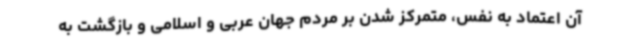
آن اعتماد به نفس، متمرکز شدن بر مردم جهان عربی و اسلامی و بازگشت به